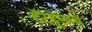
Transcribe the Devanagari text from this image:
टॅरंटुलाचं